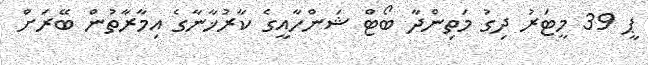
ޕީ 39 މީޓަރު ދިގު މަތިންދާ ބޯޓް ޝަންހާއީގެ ކާރުޚާނާގެ އިމާރާތުން ބޭރަށް